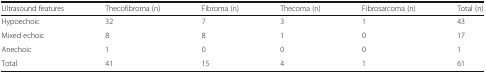
| Ultrasound features | Thecofibroma (n) | Fibroma (n) | Thecoma (n) | Fibrosarcoma (n) | Total (n) |
 | --- | --- | --- | --- | --- | --- |
 | Hypoechoic | 32 | 7 | 3 | 1 | 43 |
 | Mixed echoic | 8 | 8 | 1 | 0 | 17 |
 | Anechoic | 1 | 0 | 0 | 0 | 1 |
 | Total | 41 | 15 | 4 | 1 | 61 |